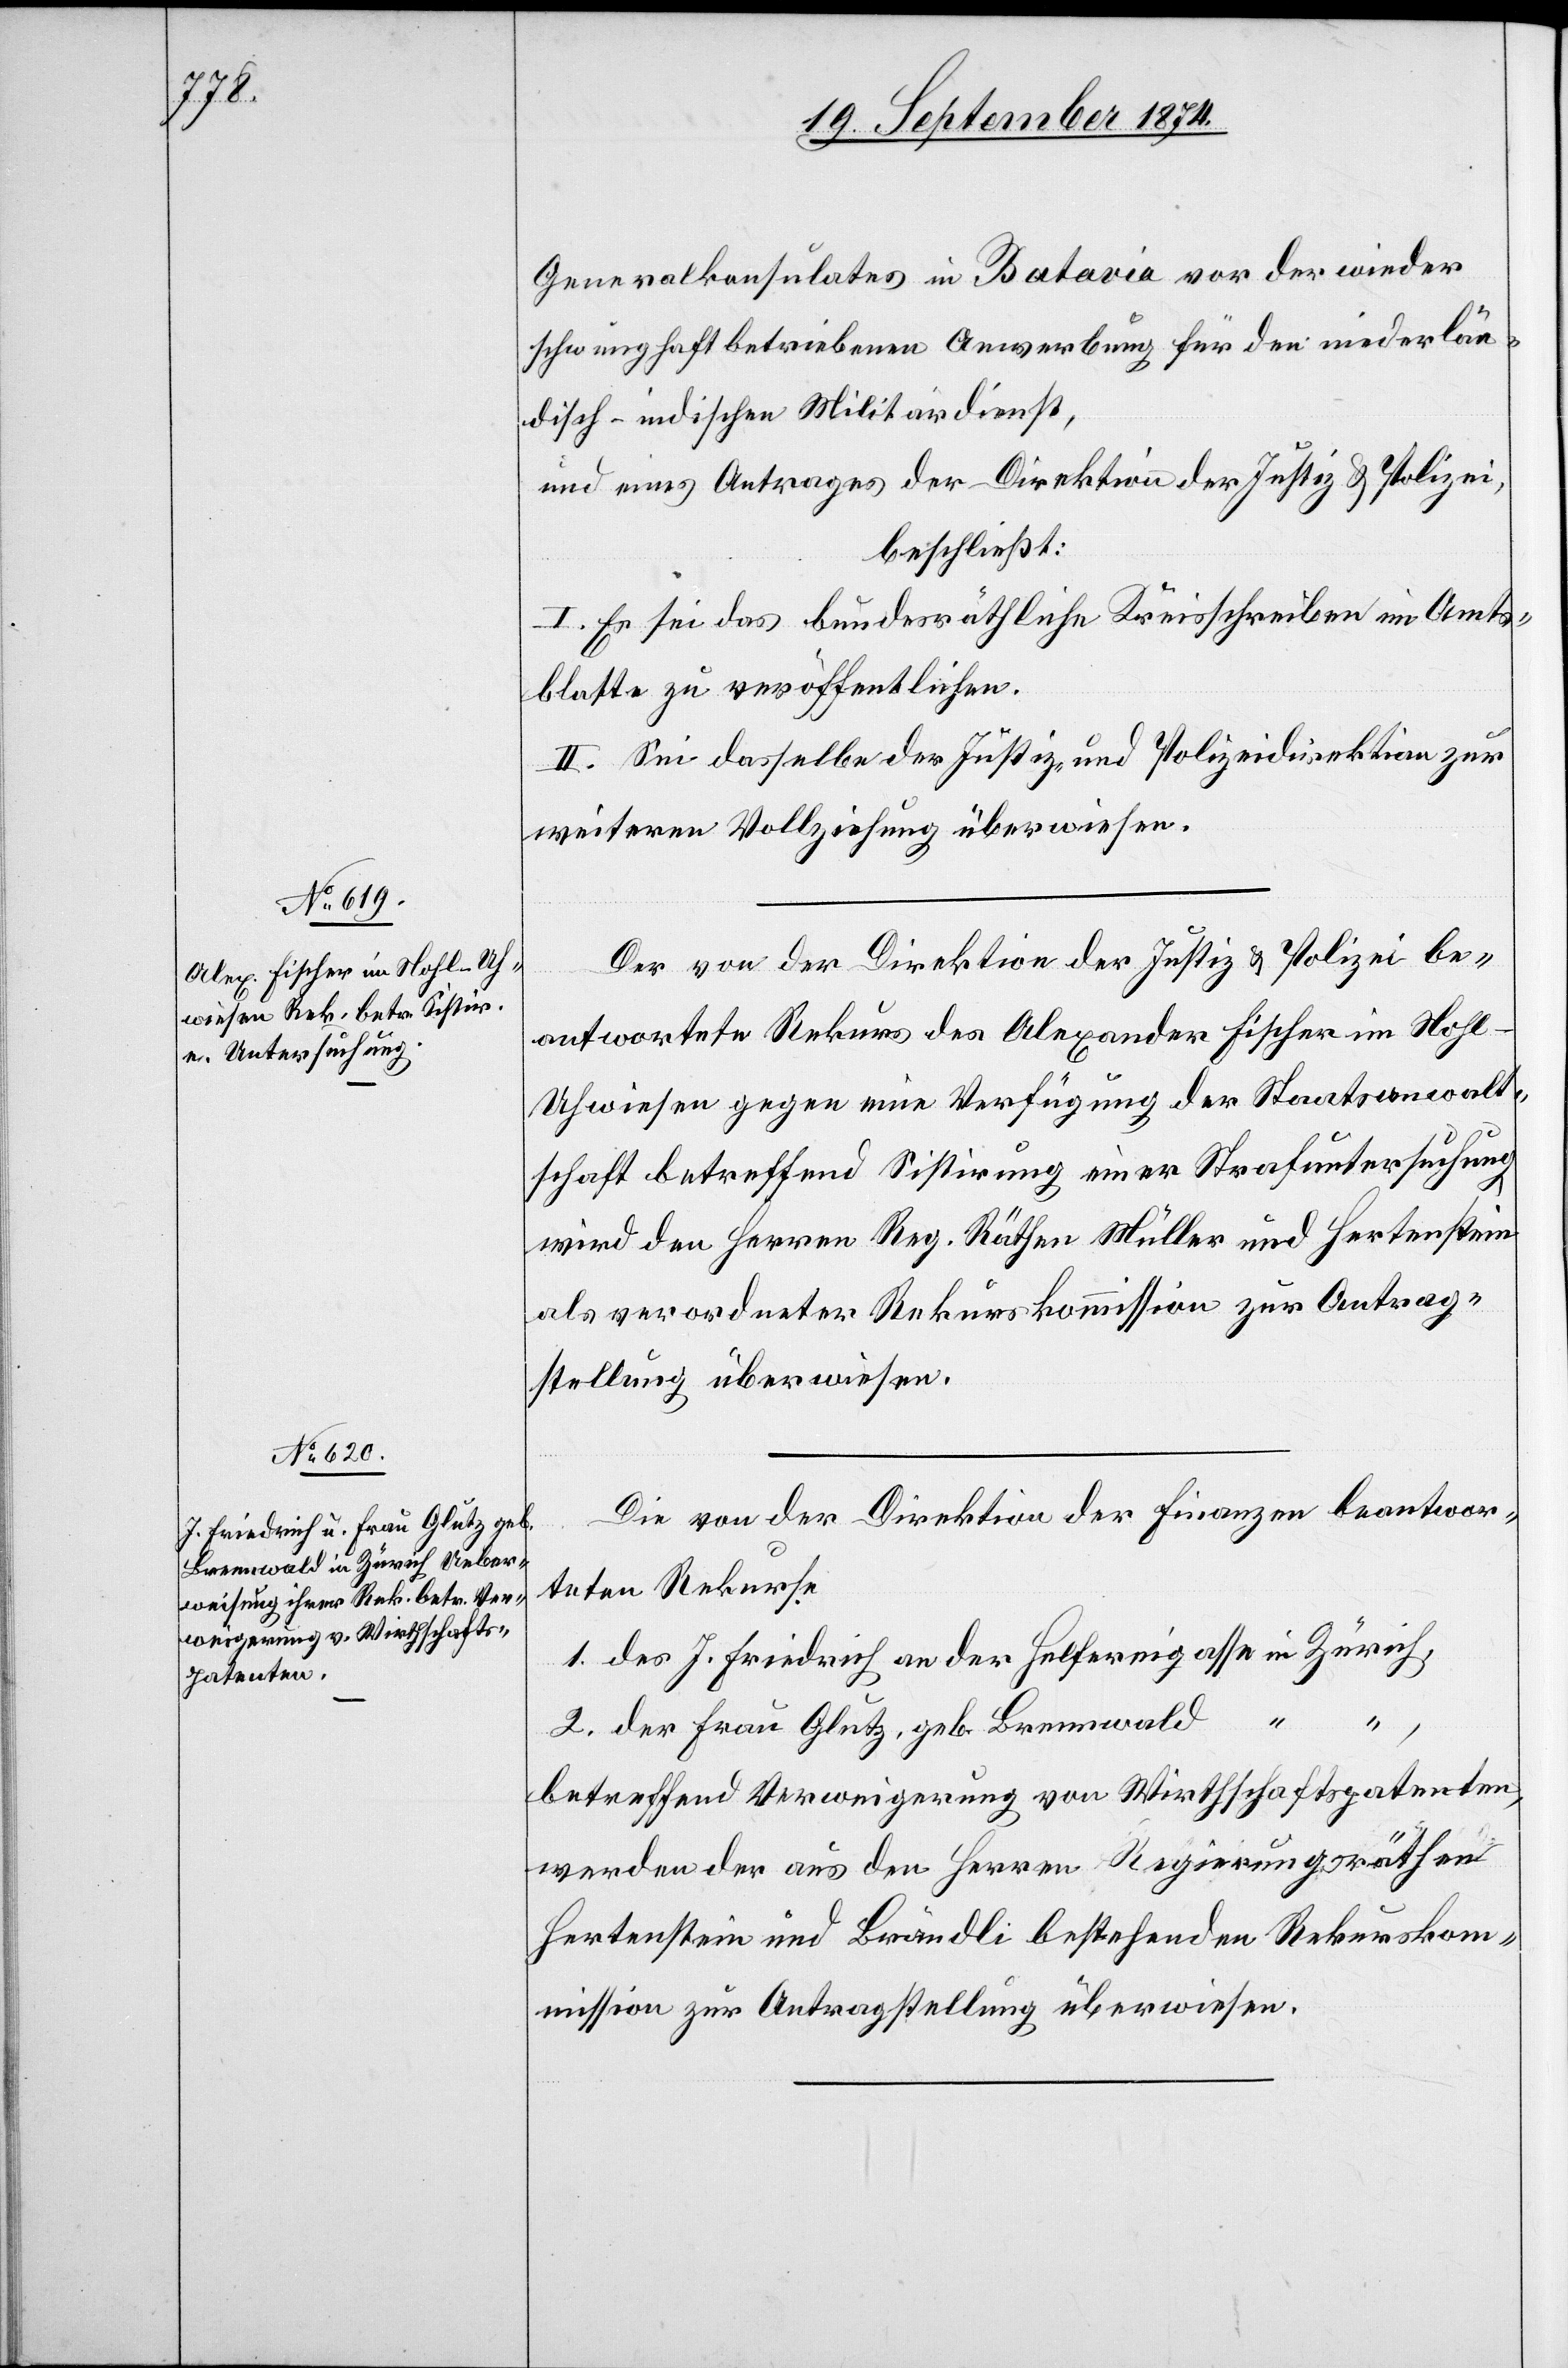
Generalkonsulates in Batavia vor der wieder
schwunghaft betriebenen Anwerbung für den niederlän¬
disch-indischen Militärdienst,
und eines Antrages der Direktion der Justiz & Polizei,
beschließt:
I. Es sei das bundesräthliche Kreisschreiben im Amts¬
blatte zu veröffentlichen.
II. Sei dasselbe der Justiz- und Polizeidirektion zur
weitern Vollziehung überwiesen.
Der von der Direktion der Justiz & Polizei be¬
antwortete Rekurs des Alexander Fischer im Nohl-U¬
hwiesen gegen eine Verfügung der Staatsanwalt¬
schaft betreffend Sistirung einer Strafuntersuchung
wird den Herren Reg. Räthen Müller und Hertenstein
als verordneter Rekurskommission zur Antrag¬
stellung überwiesen.
Die von der Direktion der Finanzen beantwor¬
teten Rekurse
1. des J. Friedrich an der Helfereigasse in Zürich,
2. der Frau Glutz, geb. Brennwald
betreffend Verweigerung von Wirthschaftspatenten,
werden der aus den Herren Regierungsräthen
Hertenstein und Brändli bestehenden Rekurskom¬
mission zur Antragstellung überwiesen.